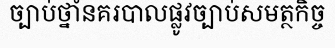
ច្បាប់ថ្នាំនគរបាលផ្លូវច្បាប់សមត្ថកិច្ច